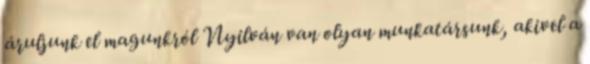
áruljunk el magunkról Nyilván van olyan munkatársunk, akivel a